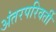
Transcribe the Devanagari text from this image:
अंतरपरिवर्ती